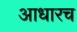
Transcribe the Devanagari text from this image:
आधारच